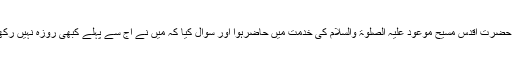
تو ایسا ہی ایک شخص حضرت اقدس مسیح موعود علیہ الصلوٰۃ والسلام کی خدمت میں حاضرہوا اور سوال کیا کہ مَیں نے آج سے پہلے کبھی روزہ نہیں رکھا اس کا کیا فدیہ دوں ؟